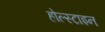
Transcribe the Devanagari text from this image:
होल्स्टाइन